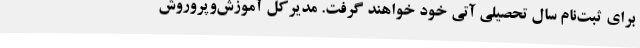
برای ثبت‌نام سال تحصیلی آتی خود خواهند گرفت. مدیرکل آموزش‌وپروروش